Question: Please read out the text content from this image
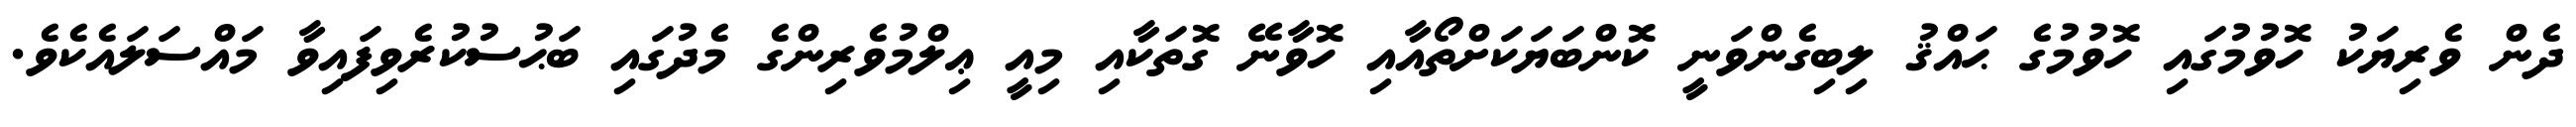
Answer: ދެން ވެރިޔަކު ހޮވުމުގައި ހޮވުމުގެ ޙައްޤު ލިބިގެންވަނީ ކޮންބަޔަކަށްތޯއާއި ހޮވާނޭ ގޮތަކާއި މިއީ ޢިލްމުވެރިންގެ މެދުގައި ބަޙުސުކުރެވިފައިވާ މައްސަލައެކެވެ.